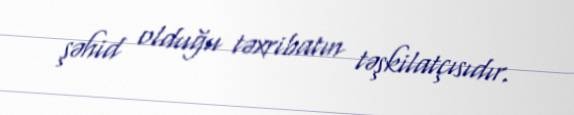
şəhid olduğu təxribatın təşkilatçısıdır.